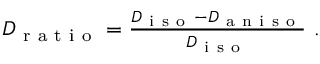
\begin{array} { r } { D _ { \mathrm { ~ r ~ a ~ t ~ i ~ o ~ } } = \frac { D _ { \mathrm { ~ i ~ s ~ o ~ } } - D _ { \mathrm { ~ a ~ n ~ i ~ s ~ o ~ } } } { D _ { \mathrm { ~ i ~ s ~ o ~ } } } \mathrm { ~ . ~ } } \end{array}